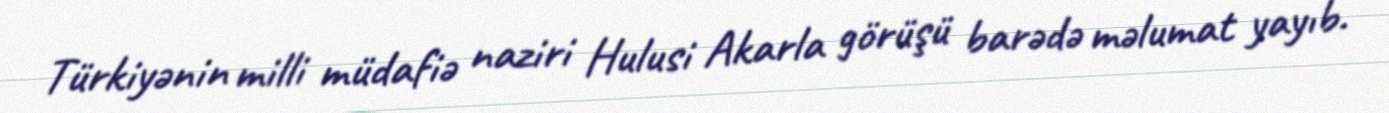
Türkiyənin milli müdafiə naziri Hulusi Akarla görüşü barədə məlumat yayıb.